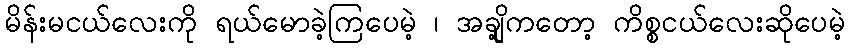
မိန်းမငယ်လေးကို ရယ်မောခဲ့ကြပေမဲ့ ၊ အချို့ကတော့ ကိစ္စငယ်လေးဆိုပေမဲ့